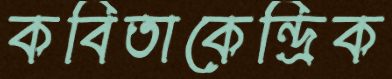
কবিতাকেন্দ্রিক